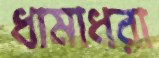
ধামাধরা